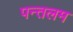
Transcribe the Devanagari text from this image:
पन्तलम